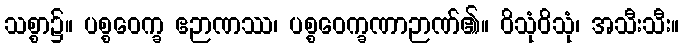
သစ္စာ၌။ ပစ္စဝေက္ခ ဧဉာဏဿ၊ ပစ္စဝေက္ခဏာဉာဏ်၏။ ဝိသုံဝိသုံ၊ အသီးသီး။